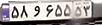
۵۸و۶۵۵۵۳